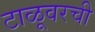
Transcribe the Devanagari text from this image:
टाळूवरची